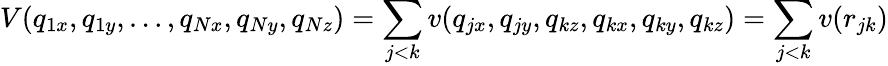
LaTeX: V(q_{1x},q_{1y},\dots,q_{Nx},q_{Ny},q_{Nz})=\sum_{j<k}v(q_{jx},q_{jy},q_{kz},q_{kx},q_{ky},q_{kz})=\sum_{j<k}v(r_{jk})